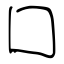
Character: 囗